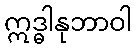
ဣဒ္ဓါနုဘာဝါ